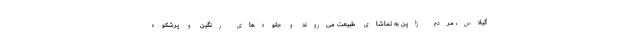
گیلاس، مردم ژاپن به تماشای طبیعت می‌روند و جلوه‌های رنگین و پرشکوه